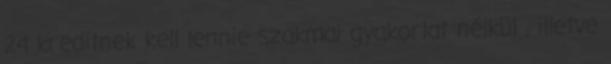
24 kreditnek kell lennie szakmai gyakorlat nélkül , illetve